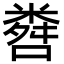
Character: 𬖨